Insane asylums in Bengal annual reports 1867-1875 - 1867-1875
Year: 1867
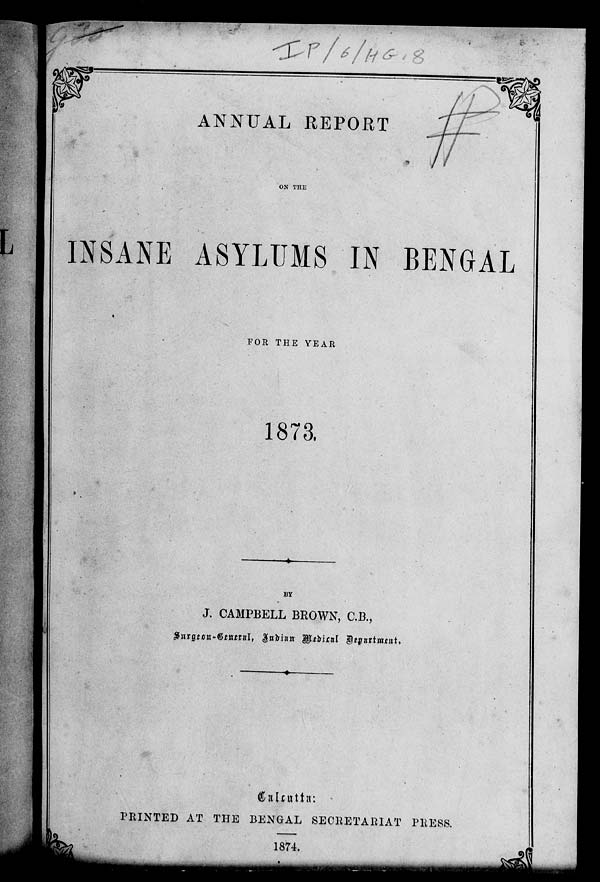
ANNUAL REPORT
ON THE
INSANE ASYLUMS IN BENGAL
FOR THE YEAR
1873.
BY
J. CAMPBELL BROWN, C.B.,
Surgeon-General, Indian Medical Department.
Calcutta :
PRINTED AT THE BENGAL SECRETARIAT PRESS.
1874.